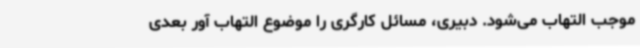
موجب التهاب می‌شود. دبیری، مسائل کارگری را موضوع التهاب آور بعدی